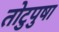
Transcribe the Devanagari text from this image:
तोटुपुषा